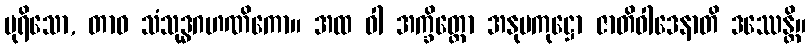
ပုရိသော, တာဝ သံသုဒ္ဓဂဟဏိကော။ အထ ဝါ အက္ခိတ္တော အနုပကုဋ္ဌော ဇာတိဝါဒေနာတိ ဒဿေန္တိ။